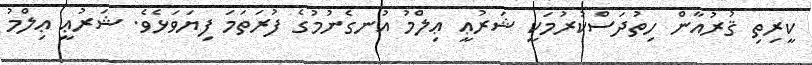
ކީރިތި ޤުރުއާން ހިތުދަސްކުރުމަކީ ޝަރުޢީ ޢިލްމު އުނގެނުމުގެ ފުރަތަމަ ފިޔަވަޅެވެ. ޝަރުޢީ ޢިލްމު